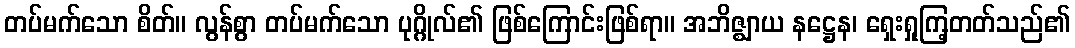
တပ်မက်သော စိတ်။ လွန်စွာ တပ်မက်သော ပုဂ္ဂိုလ်၏ ဖြစ်ကြောင်းဖြစ်ရာ။ အဘိဇ္ဈာယ နဋ္ဌေန၊ ရှေးရှုကြ့တတ်သည်၏